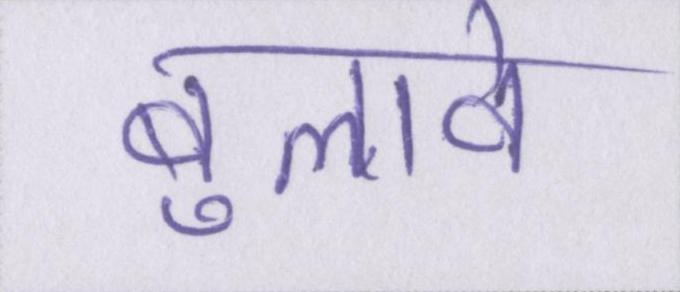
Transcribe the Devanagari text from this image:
बुलावे